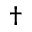
\dagger